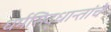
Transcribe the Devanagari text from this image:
धर्मसिद्धान्तांचे